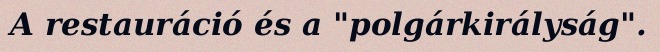
A restauráció és a "polgárkirályság".